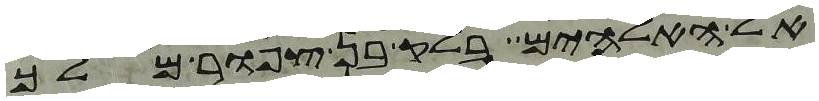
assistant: אל האלהים בלק בן צפור מלך